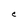
Character: C